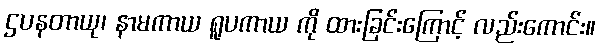
ဌပနတာယု၊ နာမကာယ ရူပကာယ ကို ထားခြင်းကြောင့် လည်းကောင်း။